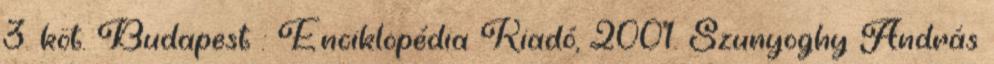
3. köt. Budapest : Enciklopédia Kiadó, 2001. Szunyoghy András